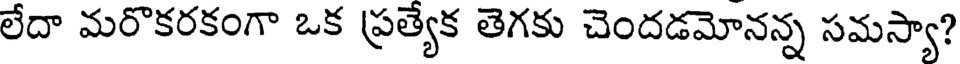
లేదా మరొకరకంగా ఒక ప్రత్యేక తెగకు చెందడమోనన్న సమస్యా?